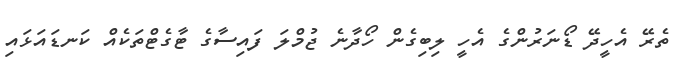
ތެރޭ އެހީދޭ ޑޯނަރުންގެ އެހީ ލިބިގެން ހޯދާނެ ޖުމްލަ ފައިސާގެ ޓާގެޓްތަކެއް ކަނޑައަޅައި